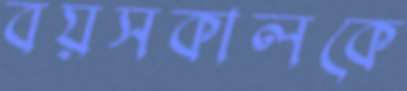
বয়সকালকে